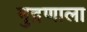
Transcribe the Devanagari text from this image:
मुद्रणाला